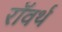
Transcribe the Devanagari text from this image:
रॉवर्थ